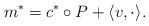
LaTeX: \begin{align*}m^{*}=c^{*}\circ P +\langle v, \cdot\rangle.\end{align*}